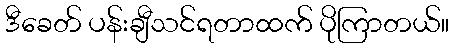
ဒီခေတ် ပန်းချီသင်ရတာထက် ပိုကြာတယ်။